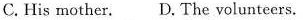
C. His mother. D. The volunteers.